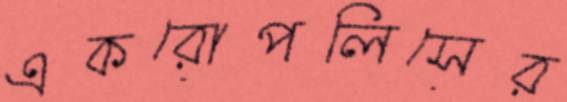
একরোপলিসের